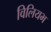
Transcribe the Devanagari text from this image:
विलियभ